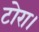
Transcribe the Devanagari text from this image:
टोरा।